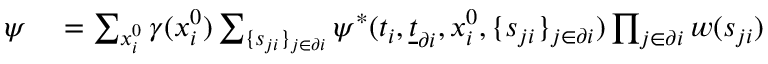
\begin{array} { r l } { \psi } & { { } = \sum _ { x _ { i } ^ { 0 } } \gamma ( x _ { i } ^ { 0 } ) \sum _ { \{ s _ { j i } \} _ { j \in \partial i } } \psi ^ { * } ( t _ { i } , \underline { { t } } _ { \partial i } , x _ { i } ^ { 0 } , \{ s _ { j i } \} _ { j \in \partial i } ) \prod _ { j \in \partial i } w ( s _ { j i } ) } \end{array}